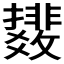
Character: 𫿟